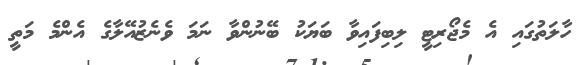
ހާލަތުގައި އެ މެޖޯރިޓީ ލިބިފައިވާ ބަޔަކު ބޭނުންވާ ނަމަ ވެނެޒުއޭލާގެ އެންމެ މަތީ